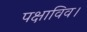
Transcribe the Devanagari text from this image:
पक्षाविव।